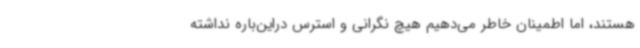
هستند، اما اطمینان خاطر می‌دهیم هیچ نگرانی و استرس دراین‌باره نداشته